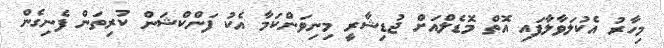
މިހާރު އެކުލަވާލާފައި އޮތް މޮޑެލްއަށް ޖުޑިޝާރީ މިނިވަންކަމާ އެކު ފަންކްޝަން ކުރިތަން ފެނިގެން